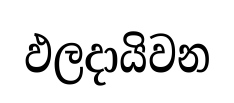
ඵලදායිවන